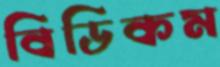
বিডিকম